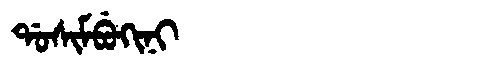
Manchu: ᡩᠣᠰᡳᠮᠪᡠᡴᡳᠨᡳ
Romanization: DOSIMBUKINI